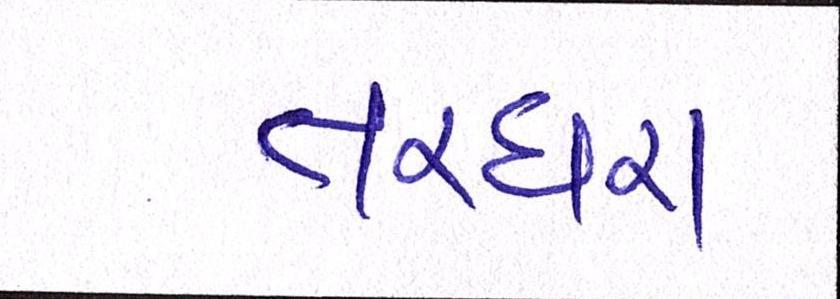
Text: તરઘરા